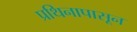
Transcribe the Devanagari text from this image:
प्रथिनापासून